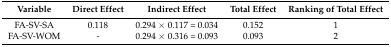
<table><thead><tr><td><b>Variable</b></td><td><b>Direct Effect</b></td><td><b>Indirect Effect</b></td><td><b>Total Effect</b></td><td><b>Ranking of Total Effect</b></td></tr></thead><tbody><tr><td>FA-SV-SA</td><td>0.118</td><td>0.294 × 0.117 = 0.034</td><td>0.152</td><td>1</td></tr><tr><td>FA-SV-WOM</td><td>-</td><td>0.294 × 0.316 = 0.093</td><td>0.093</td><td>2</td></tr></tbody></table>